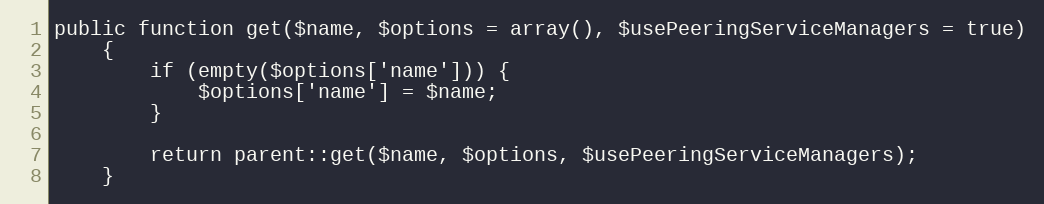
Language: PHP
public function get($name, $options = array(), $usePeeringServiceManagers = true)
    {
        if (empty($options['name'])) {
            $options['name'] = $name;
        }

        return parent::get($name, $options, $usePeeringServiceManagers);
    }